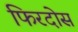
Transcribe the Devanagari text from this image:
फिरदोस